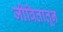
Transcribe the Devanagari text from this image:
जीवितातून